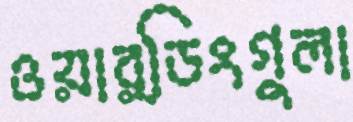
ওয়ার্ডিংগুলা